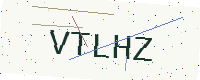
Text: VTLHZ